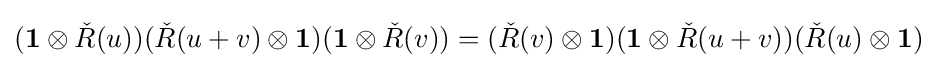
(\mathbf {1} \otimes {\check {R}}(u))({\check {R}}(u+v)\otimes \mathbf {1} )(\mathbf {1} \otimes {\check {R}}(v))=({\check {R}}(v)\otimes \mathbf {1} )(\mathbf {1} \otimes {\check {R}}(u+v))({\check {R}}(u)\otimes \mathbf {1} )